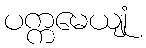
ပက္ကမေယျုံ